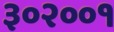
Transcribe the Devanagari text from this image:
३०२००१